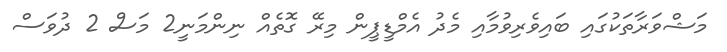
މަޝްވަރާތަކުގައި ބައިވެރިވުމާއި މެދު އެމްޑީޕީން މިރޭ ގޮތެއް ނިންމަނީ2 މަސް 2 ދުވަސް